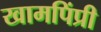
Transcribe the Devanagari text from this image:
खामपिंप्री